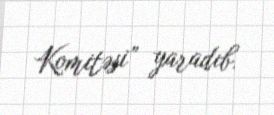
Komitəsi” yaradıb.